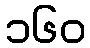
၁၆၀